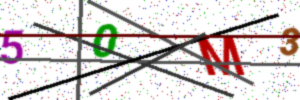
Text: 50M3